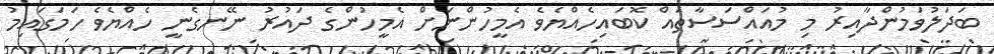
ބަދަލުވަމުންދާއިރު މި މުއައްސަސާތައް ކޮބައިހެއްޔެވެ އެމީހުންނަށް އެމީހުންގެ ދައުރު ނޭނގެނީ ހެއްޔެވެ ހަމަގައިމު